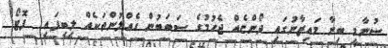
ސުނާމީ ބިނާ މައިޒާނުގައި ދޯންޏެއް ޖެހުމުގެ ސަބަބުން ގެއްލުންތަކެއް ލިބިފައި  ފޮޓޯ